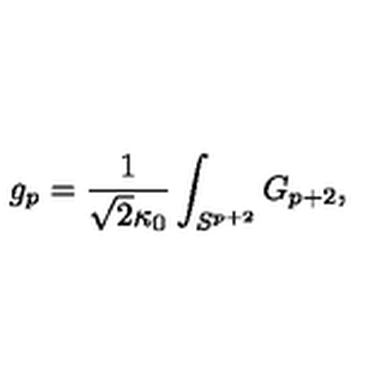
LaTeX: g _ { p } = \frac { 1 } { \sqrt { 2 } \kappa _ { 0 } } \int _ { S ^ { p + 2 } } G _ { p + 2 } ,